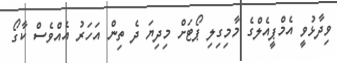
ވިދާޅުވީ އެމްޕީއެލްގެ މާމިގިލި ޕޯޓަށް މިދިޔަ ދެ ތިން އަހަރު އެއްވެސް ކާގޯ